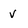
Character: v